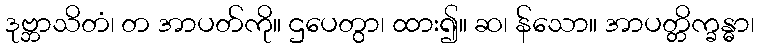
ဒုဗ္ဘာသိတံ၊ တ အာပတ်ကို။ ဌပေတွာ၊ ထား၍။ ဆ၊ န်သော။ အာပတ္တိက္ခန္ဓာ၊